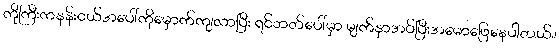
ကိုကြီးကနန်းငယ်အပေါ်ကိုမှောက်ကျလာပြီး ရင်ဘတ်ပေါ်မှာ မျက်နှာအပ်ပြီးအမောဖြေနေပါတယ်။